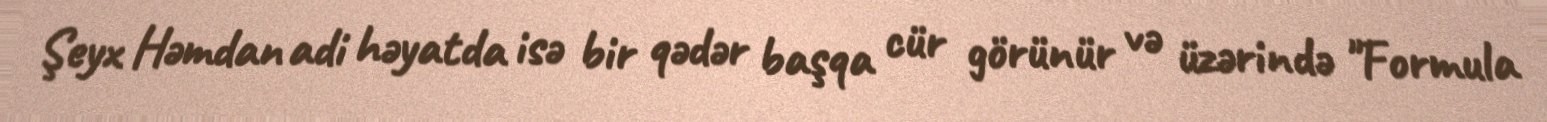
Şeyx Həmdan adi həyatda isə bir qədər başqa cür görünür və üzərində "Formula